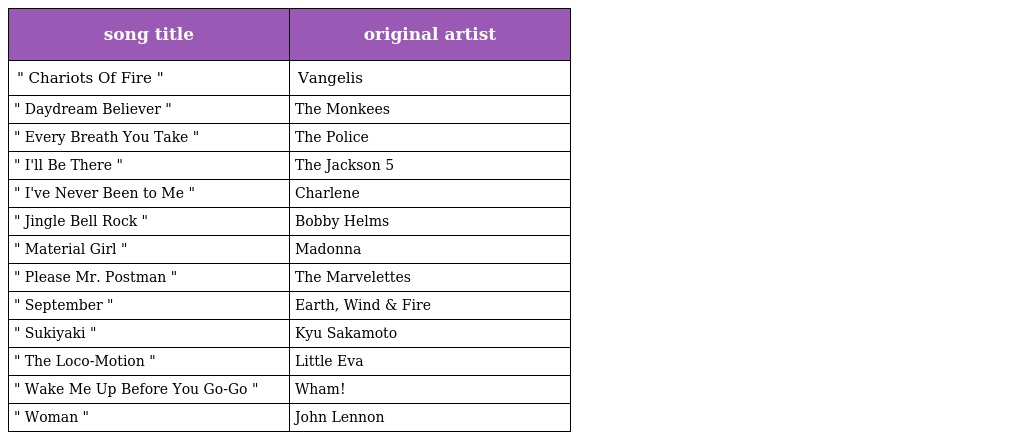
| song title | original artist |
 | --- | --- |
 | " Chariots Of Fire " | Vangelis |
 | " Daydream Believer " | The Monkees |
 | " Every Breath You Take " | The Police |
 | " I'll Be There " | The Jackson 5 |
 | " I've Never Been to Me " | Charlene |
 | " Jingle Bell Rock " | Bobby Helms |
 | " Material Girl " | Madonna |
 | " Please Mr. Postman " | The Marvelettes |
 | " September " | Earth, Wind & Fire |
 | " Sukiyaki " | Kyu Sakamoto |
 | " The Loco-Motion " | Little Eva |
 | " Wake Me Up Before You Go-Go " | Wham! |
 | " Woman " | John Lennon |